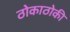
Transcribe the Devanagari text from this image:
ठोकाठोकी